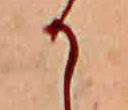
か